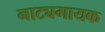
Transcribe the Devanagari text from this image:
नाट्यगायक